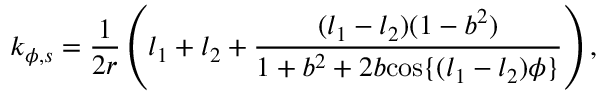
k _ { \phi , s } = \frac { 1 } { 2 r } \left( l _ { 1 } + l _ { 2 } + \frac { ( l _ { 1 } - l _ { 2 } ) ( 1 - { b } ^ { 2 } ) } { 1 + { b } ^ { 2 } + 2 { b } { \cos \{ ( l _ { 1 } - l _ { 2 } ) \phi \} } } \right) ,